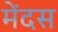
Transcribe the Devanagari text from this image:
मेंदस